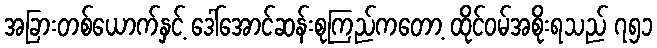
အခြားတစ်ယောက်နှင့် ဒေါ်အောင်ဆန်းစုကြည်ကတော့ ထိုင်ဝမ်အစိုးရသည် ၇၅၁